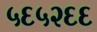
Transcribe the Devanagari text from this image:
५६५२६६